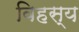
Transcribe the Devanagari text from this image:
विहस्य